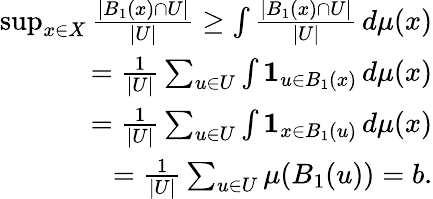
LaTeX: \begin{array}{r}{\operatorname*{sup}_{x\in X}\frac{|B_{1}(x)\cap U|}{|U|}\geq\int\frac{|B_{1}(x)\cap U|}{|U|}\, d\mu(x)}\\ {=\frac{1}{|U|}\sum_{u\in U}\int\mathbf{1}_{u\in B_{1}(x)}\, d\mu(x)}\\ {=\frac{1}{|U|}\sum_{u\in U}\int\mathbf{1}_{x\in B_{1}(u)}\, d\mu(x)}\\ {=\frac{1}{|U|}\sum_{u\in U}\mu(B_{1}(u))=b.}\end{array}